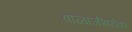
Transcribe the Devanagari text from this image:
बाळाजींबरोबर